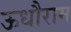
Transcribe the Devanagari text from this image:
ऊधौराम